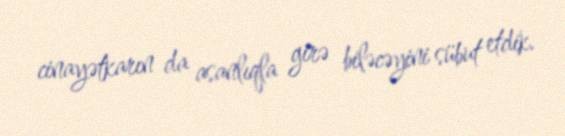
cinayətkarın da asanlıqla girə biləcəyini sübut etdik.